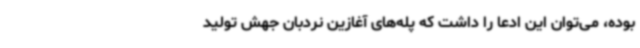
بوده، می‌توان این ادعا را داشت که پله‌های آغازین نردبان جهش تولید